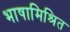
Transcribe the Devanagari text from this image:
भाषामिश्रित